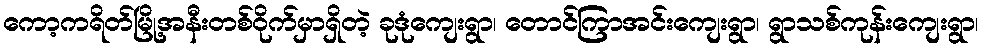
ကော့ကရိတ်မြို့အနီးတစ်ဝိုက်မှာရှိတဲ့ ခုဒုံကျေးရွာ၊ တောင်ကြာအင်းကျေးရွာ၊ ရွာသစ်ကုန်းကျေးရွာ၊